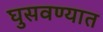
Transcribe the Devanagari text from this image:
घुसवण्यात